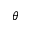
\boldsymbol { \theta }